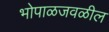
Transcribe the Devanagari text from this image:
भोपाळजवळील